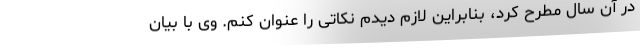
در آن سال مطرح کرد، بنابراین لازم دیدم نکاتی را عنوان کنم. وی با بیان